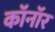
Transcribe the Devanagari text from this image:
कॉनॉर